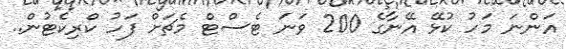
އަންނަ މަހު ކުޅޭ އޭނާގެ 200 ވަނަ ޓެސްޓް މެޗަށް ފަހު ކްރިކެޓުން..